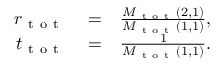
\begin{array} { r l r } { r _ { \mathrm { ~ t ~ o ~ t ~ } } } & { { } = } & { \frac { M _ { \mathrm { ~ t ~ o ~ t ~ } } ( 2 , 1 ) } { M _ { \mathrm { ~ t ~ o ~ t ~ } } ( 1 , 1 ) } , } \\ { t _ { \mathrm { ~ t ~ o ~ t ~ } } } & { { } = } & { \frac { 1 } { M _ { \mathrm { ~ t ~ o ~ t ~ } } ( 1 , 1 ) } . } \end{array}